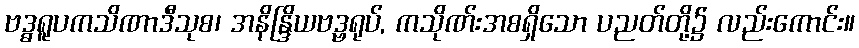
ဗဒ္ဓရူပကသိဏာဒီသုစ၊ အနိန္ဒြိယဗဒ္ဗရုပ်, ကသိုဏ်းအစရှိသော ပညတ်တို့၌ လည်းကောင်း။